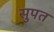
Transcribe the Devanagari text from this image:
सुपत